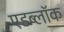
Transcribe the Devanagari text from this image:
एडब्लॉक